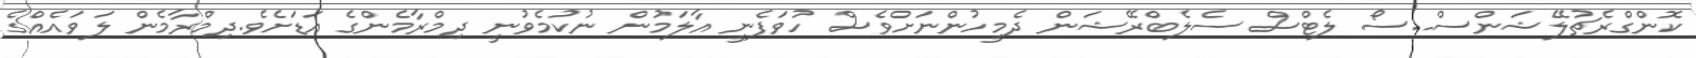
ކޮންގްރެޗުލޭޝަންސް..ސޯ ލެޓްސް ސެލެބްރޭޝަން ދެމީހުންނަށްވެސް ހުވަފެނީ އާލަމުން ނުކުމެވުނީ ދިމްރާމެންގެ އަޑަށެވެ.ދިމްރާމެން ލަވައެއްގެ